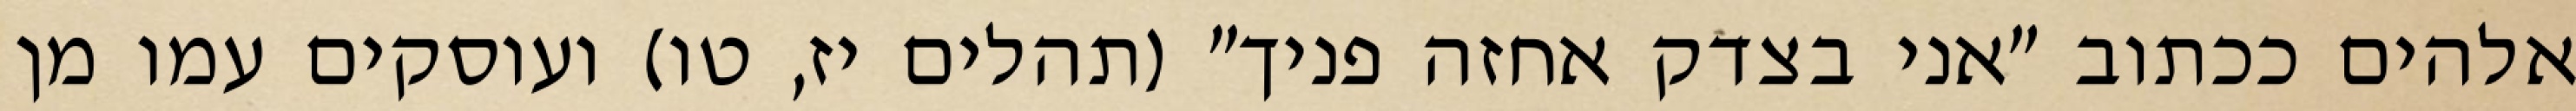
אלהים ככתוב "אני בצדק אחזה פניך" (תהלים יז, טו) ועוסקים עמו מן